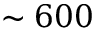
\sim 6 0 0